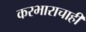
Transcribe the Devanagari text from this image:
करभाराचाही